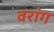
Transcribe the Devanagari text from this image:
वरांग